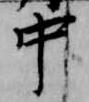
中